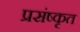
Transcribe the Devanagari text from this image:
प्रसंष्कृत